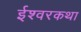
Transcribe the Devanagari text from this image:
ईश्वरकथा